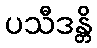
ပသီဒန္တိ